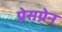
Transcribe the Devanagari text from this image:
प्रेसग्रेन